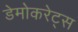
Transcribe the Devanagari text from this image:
डेमोकरेट्स